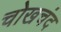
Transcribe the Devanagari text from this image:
चोखचंद